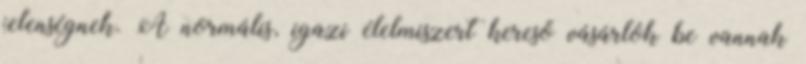
jelenségnek. A normális, igazi élelmiszert kereső vásárlók be vannak